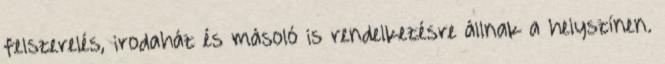
felszerelés, irodaház és másoló is rendelkezésre állnak a helyszínen.